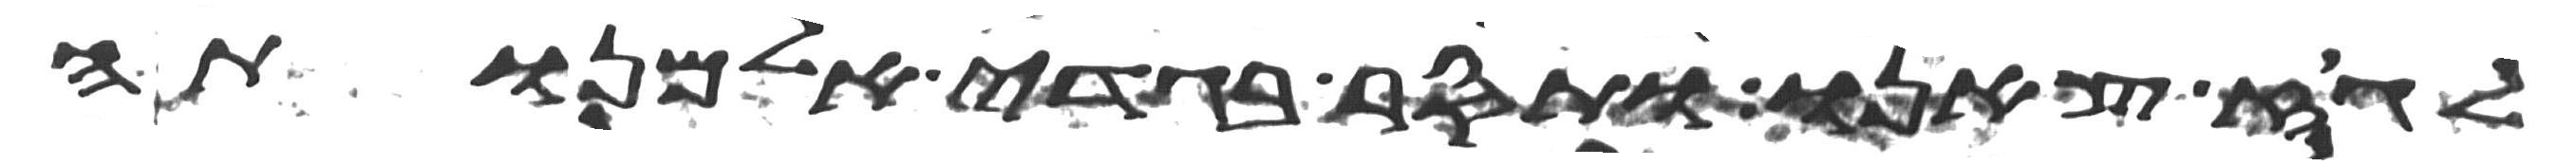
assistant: לגוז צאנו ותסר בגדי אלמנותה